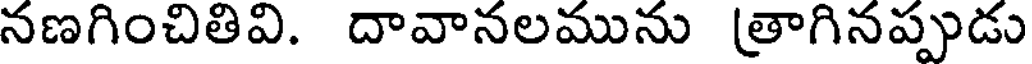
నణగించితివి. దావానలమును (త్రాగినప్పుడు